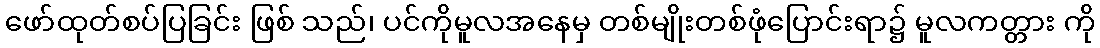
ဖော်ထုတ်စပ်ပြခြင်း ဖြစ် သည်၊ ပင်ကိုမူလအနေမှ တစ်မျိုးတစ်ဖုံပြောင်းရာ၌ မူလကတ္တား ကို